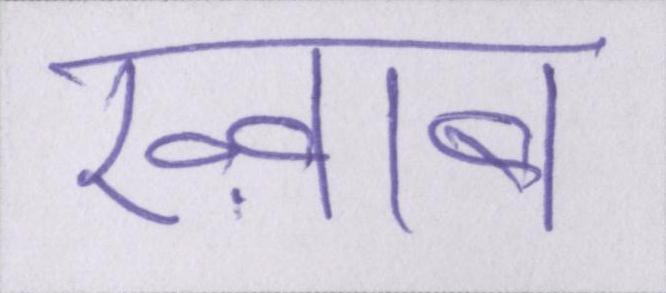
ख्व़ाब